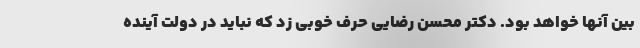
بین آنها خواهد بود. دکتر محسن رضایی حرف خوبی زد که نباید در دولت آینده